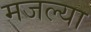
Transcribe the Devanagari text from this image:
मजल्या